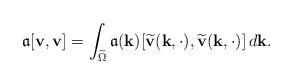
LaTeX: \begin{align*}\mathfrak{a}[\mathbf{v}, \mathbf{v}] = \int_{\widetilde{\Omega}} \mathfrak{a}(\mathbf{k}) [\widetilde{\mathbf{v}}(\mathbf{k}, \cdot), \widetilde{\mathbf{v}}(\mathbf{k}, \cdot)] \, d \mathbf{k} .\end{align*}